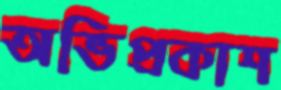
অভিপ্রকাশ